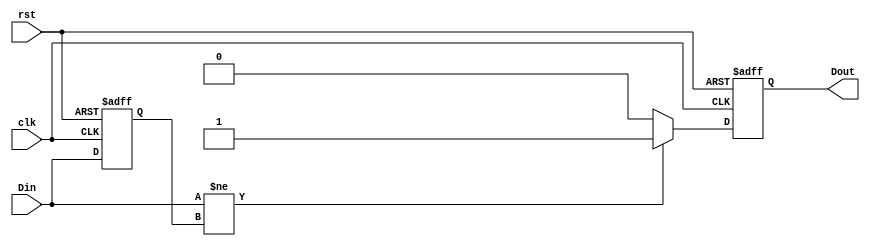
module edge_detector (
    input wire clk,         // Clock signal
    input wire rst,         // Asynchronous reset signal
    input wire Din,         // Input signal to be monitored
    output reg Dout         // Output signal indicating edge detection
);

    reg Din_prev;           // Register to hold the previous state of Din

    // Initialize previous state on reset
    always @(posedge clk or posedge rst) begin
        if (rst) begin
            Din_prev <= 1'b0; // Initialize to low on reset
            Dout <= 1'b0;     // Initialize output to low
        end else begin
            // Edge detection logic
            if (Din != Din_prev) begin // Check if current input is different from previous
                Dout <= 1'b1;          // An edge is detected
            end else begin
                Dout <= 1'b0;          // No edge detected
            end
            
            // Update previous state
            Din_prev <= Din;          // Store current input for next cycle
        end
    end

endmodule